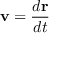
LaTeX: \mathbf { v } = { \frac { d \mathbf { r } } { d t } }